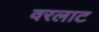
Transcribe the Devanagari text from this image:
वरलाट